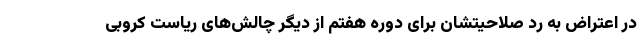
در اعتراض به رد صلاحیتشان برای دوره هفتم از دیگر چالش‌های ریاست کروبی